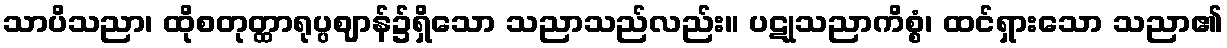
သာပိသညာ၊ ထိုစတုတ္ထာရုပ္ပဈာန်၌ရှိသော သညာသည်လည်း။ ပဋုသညာကိစ္စံ၊ ထင်ရှားသော သညာ၏